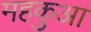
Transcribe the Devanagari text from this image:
महकुआ